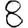
Digit: 8